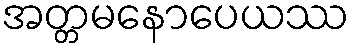
အတ္တမနောပေယဿ